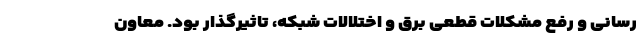
رسانی و رفع مشکلات قطعی برق و اختلالات شبکه، تاثیرگذار بود. معاون